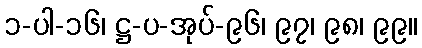
၁-ပါ-၁၆၊ ဋ္ဌ-ပ-အုပ်-၉၆၊ ၉၇၊ ၉၈၊ ၉၉။